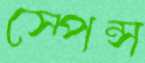
স্পেন্স